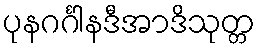
ပုနဂင်္ဂါနဒီအာဒိသုတ္တ